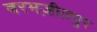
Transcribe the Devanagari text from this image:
बरमज़ीतपुर